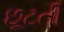
છૂટતી